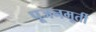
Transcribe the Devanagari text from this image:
पूजनमूर्ती